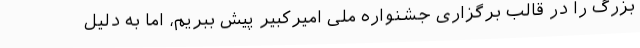
بزرگ را در قالب برگزاری جشنواره ملی امیرکبیر پیش ببریم، اما به دلیل